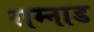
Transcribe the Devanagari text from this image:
राम्नाड